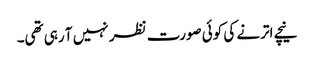
نیچے اترنے کی کوئی صورت نظر نہیں آ رہی تھی۔